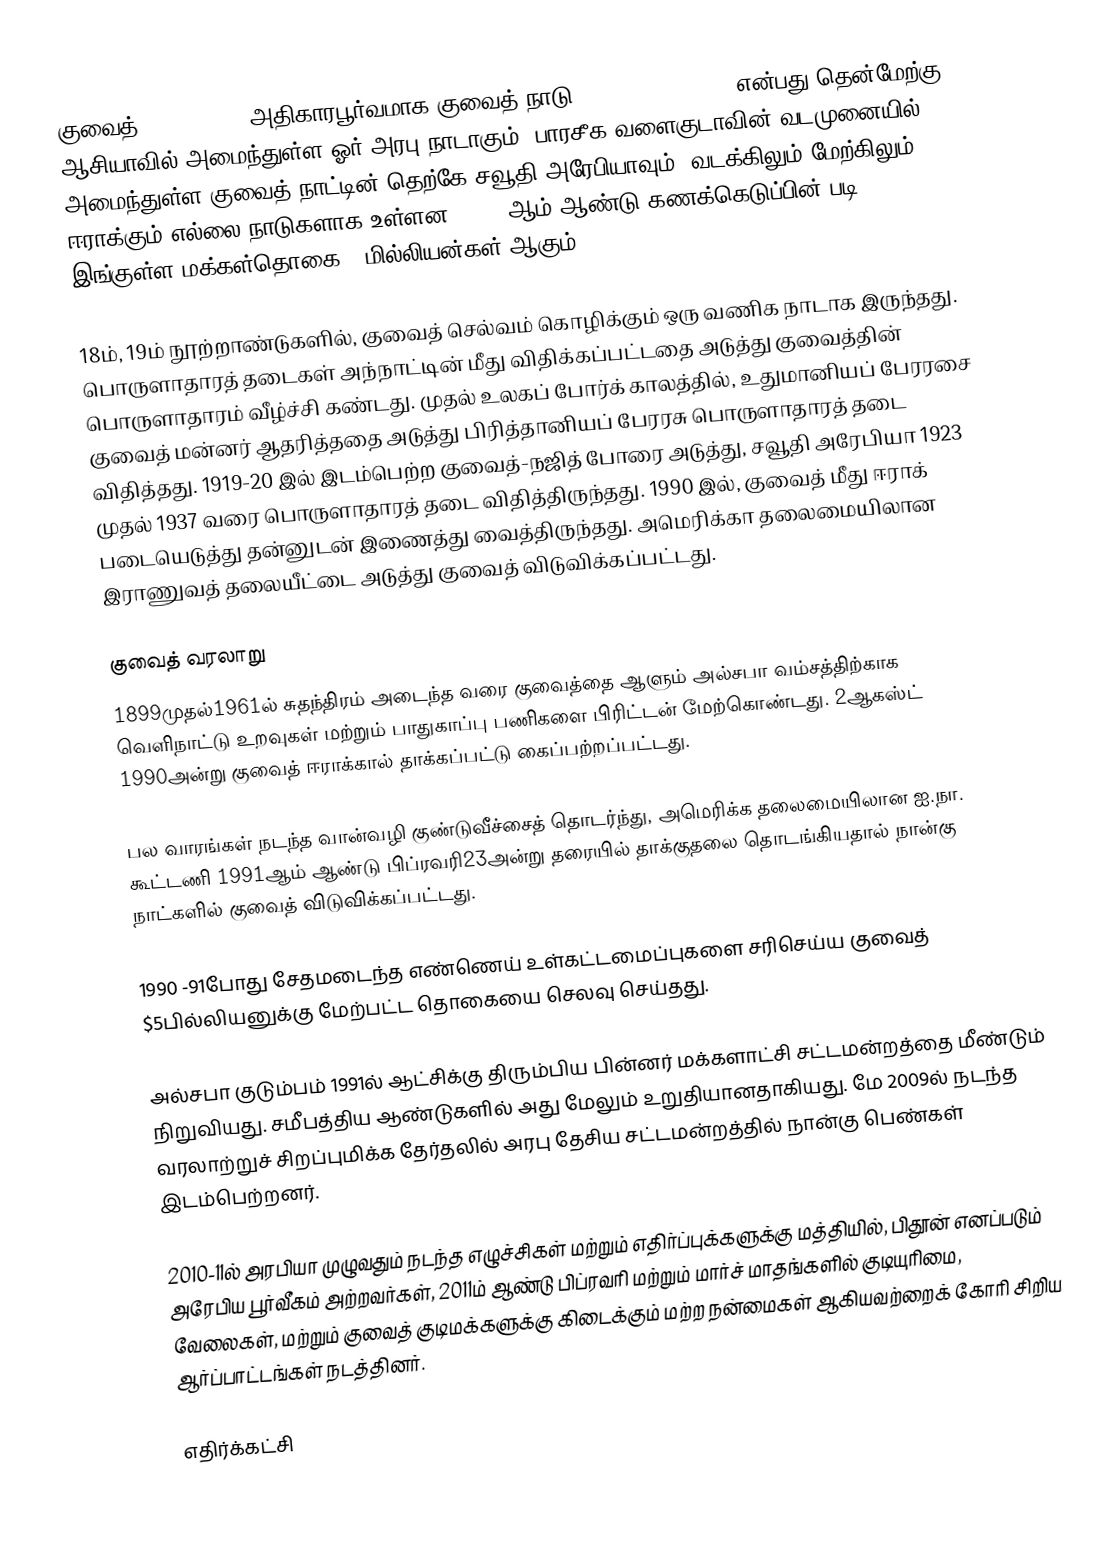
குவைத் (Kuwait, ), அதிகாரபூர்வமாக குவைத் நாடு (State of Kuwait) என்பது தென்மேற்கு ஆசியாவில் அமைந்துள்ள ஓர் அரபு நாடாகும். பாரசீக வளைகுடாவின் வடமுனையில் அமைந்துள்ள குவைத் நாட்டின் தெற்கே சவூதி அரேபியாவும், வடக்கிலும் மேற்கிலும் ஈராக்கும் எல்லை நாடுகளாக உள்ளன. 2013 ஆம் ஆண்டு கணக்கெடுப்பின் படி, இங்குள்ள மக்கள்தொகை 4 மில்லியன்கள் ஆகும்.

18ம், 19ம் நூற்றாண்டுகளில், குவைத் செல்வம் கொழிக்கும் ஒரு வணிக நாடாக இருந்தது. பொருளாதாரத் தடைகள் அந்நாட்டின் மீது விதிக்கப்பட்டதை அடுத்து குவைத்தின் பொருளாதாரம் வீழ்ச்சி கண்டது. முதல் உலகப் போர்க் காலத்தில், உதுமானியப் பேரரசை குவைத் மன்னர் ஆதரித்ததை அடுத்து பிரித்தானியப் பேரரசு பொருளாதாரத் தடை விதித்தது. 1919-20 இல் இடம்பெற்ற குவைத்-நஜித் போரை அடுத்து, சவூதி அரேபியா 1923 முதல் 1937 வரை பொருளாதாரத் தடை விதித்திருந்தது. 1990 இல், குவைத் மீது ஈராக் படையெடுத்து தன்னுடன் இணைத்து வைத்திருந்தது. அமெரிக்கா தலைமையிலான இராணுவத் தலையீட்டை அடுத்து குவைத் விடுவிக்கப்பட்டது.

குவைத் வரலாறு
1899முதல்1961ல் சுதந்திரம் அடைந்த வரை குவைத்தை ஆளும் அல்சபா வம்சத்திற்காக வெளிநாட்டு உறவுகள் மற்றும் பாதுகாப்பு பணிகளை பிரிட்டன் மேற்கொண்டது. 2ஆகஸ்ட் 1990அன்று குவைத் ஈராக்கால் தாக்கப்பட்டு கைப்பற்றப்பட்டது.

பல வாரங்கள் நடந்த வான்வழி குண்டுவீச்சைத் தொடர்ந்து, அமெரிக்க தலைமையிலான ஐ.நா. கூட்டணி 1991ஆம் ஆண்டு பிப்ரவரி23அன்று தரையில் தாக்குதலை தொடங்கியதால் நான்கு நாட்களில் குவைத் விடுவிக்கப்பட்டது.

1990 -91போது சேதமடைந்த எண்ணெய் உள்கட்டமைப்புகளை சரிசெய்ய குவைத் $5பில்லியனுக்கு மேற்பட்ட தொகையை செலவு செய்தது.

அல்சபா குடும்பம் 1991ல் ஆட்சிக்கு திரும்பிய பின்னர் மக்களாட்சி சட்டமன்றத்தை மீண்டும் நிறுவியது. சமீபத்திய ஆண்டுகளில் அது மேலும் உறுதியானதாகியது. மே 2009ல் நடந்த வரலாற்றுச் சிறப்புமிக்க தேர்தலில் அரபு தேசிய சட்டமன்றத்தில் நான்கு பெண்கள் இடம்பெற்றனர்.

2010-11ல் அரபியா முழுவதும் நடந்த எழுச்சிகள் மற்றும் எதிர்ப்புக்களுக்கு மத்தியில், பிதூன் எனப்படும் அரேபிய பூர்வீகம் அற்றவர்கள், 2011ம் ஆண்டு பிப்ரவரி மற்றும் மார்ச் மாதங்களில் குடியுரிமை, வேலைகள், மற்றும் குவைத் குடிமக்களுக்கு கிடைக்கும் மற்ற நன்மைகள் ஆகியவற்றைக் கோரி சிறிய ஆர்ப்பாட்டங்கள் நடத்தினர்.

எதிர்க்கட்சி